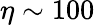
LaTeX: \eta\sim 100